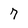
Character: 7